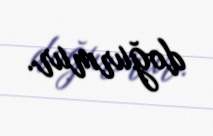
doğurmur.